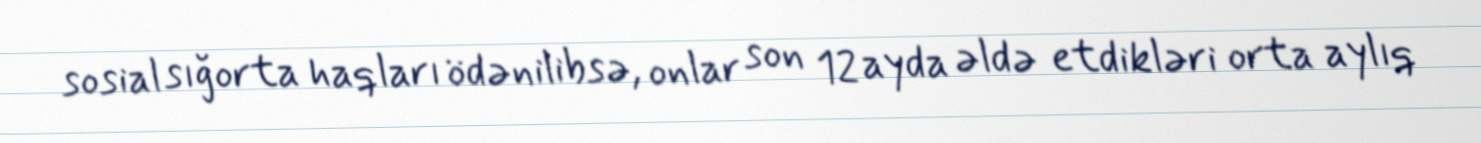
sosial sığorta haqları ödənilibsə, onlar son 12 ayda əldə etdikləri orta aylıq